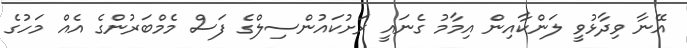
އޭނާ ވިދާޅުވީ ލަންކާއިން އިމާމު ގެނައީ ރަށުކައުންސިލްގެ ފަސް މެމްބަރުންގެ އެއް މަހުގެ